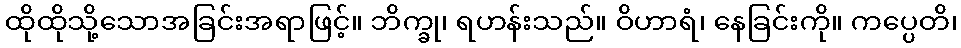
ထိုထိုသို့သောအခြင်းအရာဖြင့်။ ဘိက္ခု၊ ရဟန်းသည်။ ဝိဟာရံ၊ နေခြင်းကို။ ကပ္ပေတိ၊